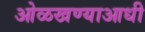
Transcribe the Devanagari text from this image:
ओळखण्याआधी